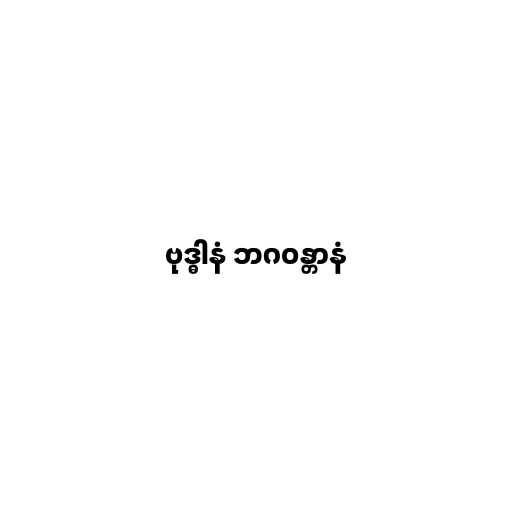
ဗုဒ္ဓါနံ ဘဂဝန္တာနံ